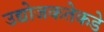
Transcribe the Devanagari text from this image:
उद्योजकतेकडे